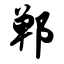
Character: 郸